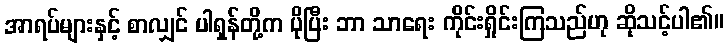
အာရပ်များနှင့် စာလျှင် ပါရှန်တို့က ပိုပြီး ဘာ သာရေး ကိုင်းရှိုင်းကြသည်ဟု ဆိုသင့်ပါ၏။